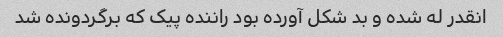
انقدر له شده و بد شکل آورده بود راننده پیک که برگردونده شد